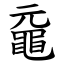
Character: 黿